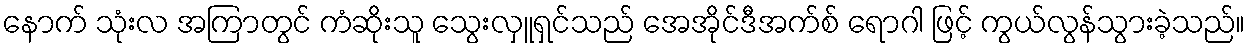
နောက် သုံးလ အကြာတွင် ကံဆိုးသူ သွေးလှူရှင်သည် အေအိုင်ဒီအက်စ် ရောဂါ ဖြင့် ကွယ်လွန်သွားခဲ့သည်။